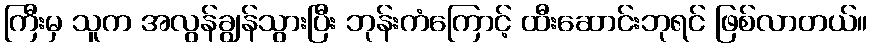
ကြီးမှ သူက အလွန်ချွန်သွားပြီး ဘုန်းကံကြောင့် ထီးဆောင်းဘုရင် ဖြစ်လာတယ်။